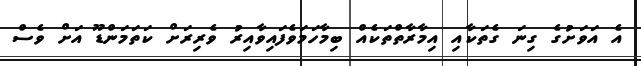
އެ އަވަށުގެ ގިނަ ގެތަކާއި އިމާރާތްތަކެއް ބިމާހަމަވެފައިވާއިރު ވެރިރަށް ކަތަމަންޑޫ އަށް ވެސް